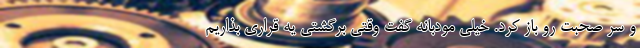
و سر صحبت رو باز کرد. خیلی مودبانه گفت وقتی برگشتی یه قراری بذاریم